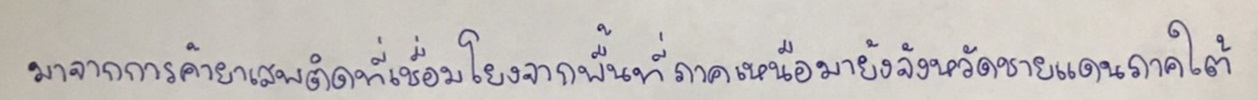
มาจากการค้ายาเสพติดที่เชื่อมโยงจากพื้นที่ภาคเหนือมายังจังหวัดชายแดนภาคใต้